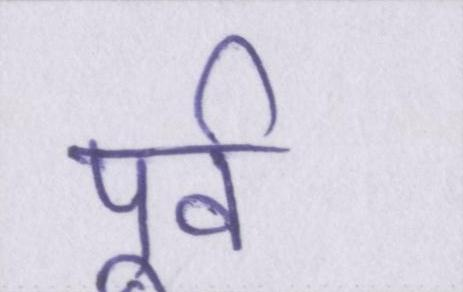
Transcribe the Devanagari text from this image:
पूर्व